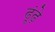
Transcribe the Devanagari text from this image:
ढूंढ़े